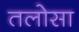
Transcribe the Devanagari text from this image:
तलोसा